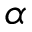
\alpha